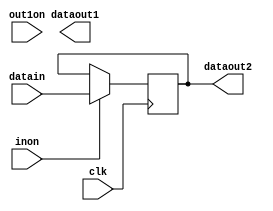
module instructionRegister (
  input clk,
  input inon,
  input out1on,
  input [31:0] datain, // data bus
  output [31:0] dataout1, // b bus
  output [31:0] dataout2 // instruction decoder
);

  assign dataou1 = out1on ? ireg : 32'bz;
  assign dataout2 = ireg;

  reg [31:0] ireg;
  always @ (posedge clk) begin
    if (inon) ireg <= datain;
  end
endmodule